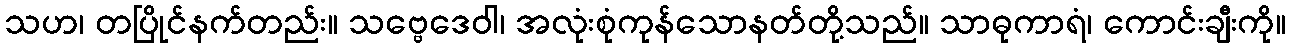
သဟ၊ တပြိုင်နက်တည်း။ သဗ္ဗေဒေဝါ၊ အလုံးစုံကုန်သောနတ်တို့သည်။ သာဓုကာရံ၊ ကောင်းချီးကို။